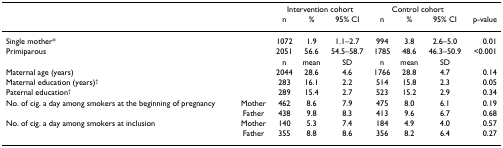
<table><thead><tr><td></td><td></td><td colspan="3"><b>Intervention cohort</b></td><td colspan="3"><b>Control cohort</b></td><td></td></tr><tr><td></td><td></td><td><b>n</b></td><td><b>%</b></td><td><b>95% CI</b></td><td><b>n</b></td><td><b>%</b></td><td><b>95% CI</b></td><td><b>p-value</b></td></tr></thead><tbody><tr><td>Single mother*</td><td></td><td>1072</td><td>1.9</td><td>1.1–2.7</td><td>994</td><td>3.8</td><td>2.6–5.0</td><td>0.01</td></tr><tr><td>Primiparous</td><td></td><td>2051</td><td>56.6</td><td>54.5–58.7</td><td>1785</td><td>48.6</td><td>46.3–50.9</td><td>&lt;0.001</td></tr><tr><td></td><td></td><td>n</td><td>mean</td><td>SD</td><td>n</td><td>mean</td><td>SD</td><td></td></tr><tr><td>Maternal age (years)</td><td></td><td>2044</td><td>28.6</td><td>4.6</td><td>1766</td><td>28.8</td><td>4.7</td><td>0.14</td></tr><tr><td>Maternal education (years)<sup>†</sup></td><td></td><td>283</td><td>16.1</td><td>2.2</td><td>514</td><td>15.8</td><td>2.3</td><td>0.05</td></tr><tr><td>Paternal education<sup>†</sup></td><td></td><td>289</td><td>15.4</td><td>2.7</td><td>523</td><td>15.2</td><td>2.9</td><td>0.34</td></tr><tr><td>No. of cig. a day among smokers at the beginning of pregnancy</td><td>Mother</td><td>462</td><td>8.6</td><td>7.9</td><td>475</td><td>8.0</td><td>6.1</td><td>0.19</td></tr><tr><td></td><td>Father</td><td>438</td><td>9.8</td><td>8.3</td><td>413</td><td>9.6</td><td>6.7</td><td>0.68</td></tr><tr><td>No. of cig. a day among smokers at inclusion</td><td>Mother</td><td>140</td><td>5.3</td><td>7.4</td><td>184</td><td>4.9</td><td>4.0</td><td>0.57</td></tr><tr><td></td><td>Father</td><td>355</td><td>8.8</td><td>8.6</td><td>356</td><td>8.2</td><td>6.4</td><td>0.27</td></tr></tbody></table>